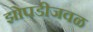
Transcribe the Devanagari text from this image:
झोपडीजवळ